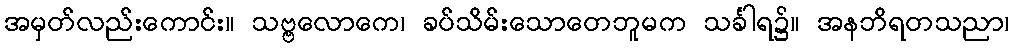
အမှတ်လည်းကောင်း။ သဗ္ဗလောကေ၊ ခပ်သိမ်းသောတေဘူမက သင်္ခါရ၌။ အနဘိရတသညာ၊